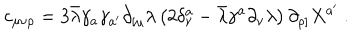
c _ { \mu \nu \rho } = 3 \bar { \lambda } \gamma _ { a } \gamma _ { a ^ { \prime } } \partial _ { [ \mu } \lambda \left( 2 \delta _ { \nu } ^ { a } - \bar { \lambda } \gamma ^ { a } \partial _ { \nu } \lambda \right) \partial _ { \rho ] } X ^ { a ^ { \prime } } \ .